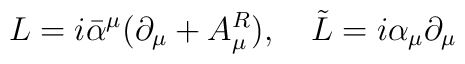
L = i \bar{\alpha}^{\mu}(\partial_{\mu} + A^R_{\mu}), \quad \tilde{L} = i	\alpha_{\mu} \partial_{\mu}